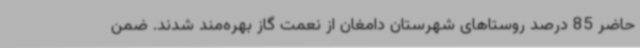
حاضر 85 درصد روستاهای شهرستان دامغان از نعمت گاز بهره‌مند شدند. ضمن